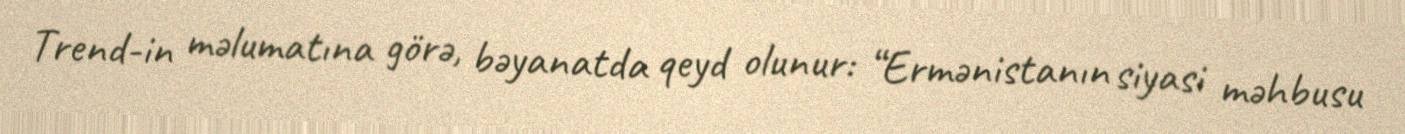
Trend-in məlumatına görə, bəyanatda qeyd olunur: “Ermənistanın siyasi məhbusu